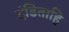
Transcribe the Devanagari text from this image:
दंडिताहि